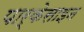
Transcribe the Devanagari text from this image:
पार्केसाइन